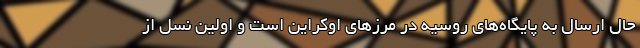
حال ارسال به پایگاه‌های روسیه در مرزهای اوکراین است و اولین نسل از